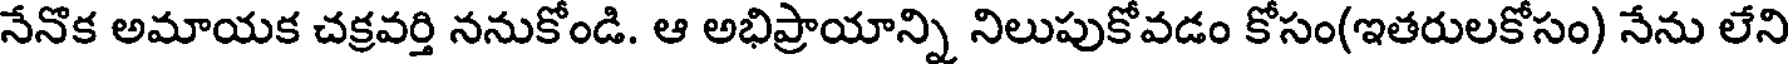
నేనొక అమాయక చక్రవర్తి ననుకోండి. ఆ అభిప్రాయాన్ని నిలుపుకోవడం కోసం(ఇతరులకోసం) నేను లేని